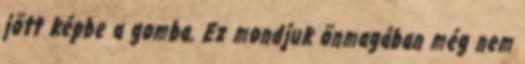
jött képbe a gomba. Ez mondjuk önmagában még nem